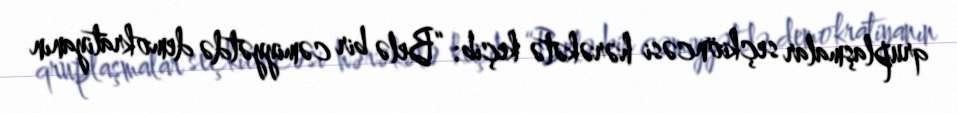
qruplaşmalar seçkiöncəsi hərəkətə keçib: “Belə bir cəmiyyətdə demokratiyanın